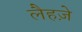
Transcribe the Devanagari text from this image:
लैहज़े